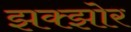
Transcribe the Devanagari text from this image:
झक्झोर